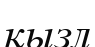
қызл